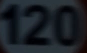
120